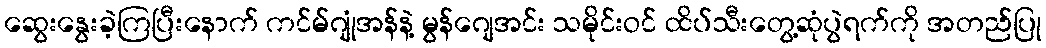
ဆွေးနွေးခဲ့ကြပြီးနောက် ကင်မ်ဂျုံအန်နဲ့ မွန်ဂျေအင်း သမိုင်းဝင် ထိပ်သီးတွေ့ဆုံပွဲရက်ကို အတည်ပြု